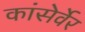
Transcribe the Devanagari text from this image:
कांसेर्वेर